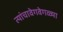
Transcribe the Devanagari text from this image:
त्यांचावेगवेगळ्या